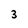
Character: 3